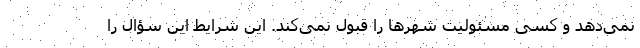
نمی‌دهد و کسی مسئولیت شهرها را قبول نمی‌کند. این شرایط این سؤال را